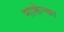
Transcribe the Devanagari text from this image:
माशेन्का